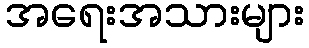
အရေးအသားများ